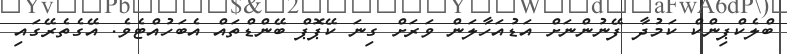
ބްލެކްޕިންކް ކަމުދާ ފޭނުންނަށް އަޑުއަހާލަން ވަރަށް ގިނަ ކޭޕޮޕް ބޭންޑްތައް އެބަހުއްޓެވެ. އޭގެތެރޭގައި